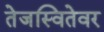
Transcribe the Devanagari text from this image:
तेजस्वितेवर